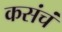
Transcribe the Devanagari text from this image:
कसंचं